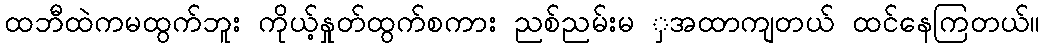
ထဘီထဲကမထွက်ဘူး ကိုယ့်နှုတ်ထွက်စကား ညစ်ညမ်းမ ှအထာကျတယ် ထင်နေကြတယ်။